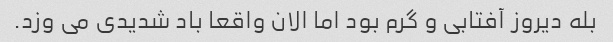
بله دیروز آفتابی و گرم بود اما الان واقعا باد شدیدی می وزد.